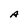
Character: A